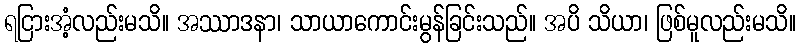
ရငြားအံ့လည်းမသိ။ အဿာဒနာ၊ သာယာကောင်းမွန်ခြင်းသည်။ အပိ သိယာ၊ ဖြစ်မူလည်းမသိ။